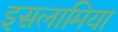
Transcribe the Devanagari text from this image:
इसलामिया